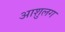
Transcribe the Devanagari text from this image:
आशुलग